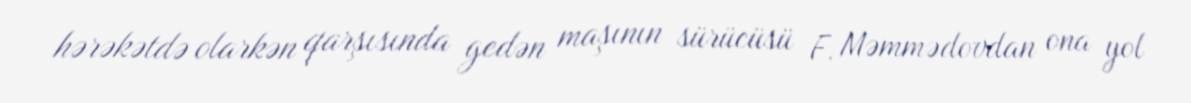
hərəkətdə olarkən qarşısında gedən maşının sürücüsü F. Məmmədovdan ona yol